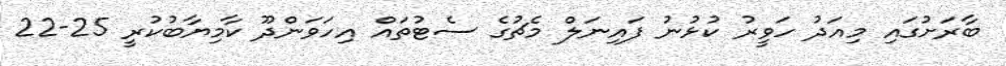
ބާރަށުގައި މިއަދު ހަވީރު ކުޅުނު ފައިނަލް މެޗުގެ ސެޓުތައް އިހަވަންދޫ ކާމިޔާބުކުރީ 25-22